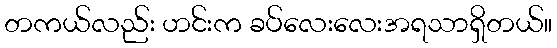
တကယ်လည်း ဟင်းက ခပ်လေးလေးအရသာရှိတယ်။